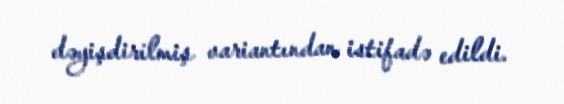
dəyişdirilmiş variantından istifadə edildi.